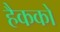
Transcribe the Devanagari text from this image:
हैकको